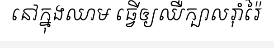
នៅក្នុងឈាម ធ្វើឲ្យឈឺក្បាលរ៉ាំរ៉ៃ